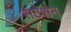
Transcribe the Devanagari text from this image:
सटेशन